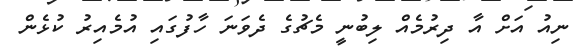
ނިއު އަށް އާ ދިރުމެއް ލިބުނީ މެޗުގެ ދެވަނަ ހާފުގައި އުމެއިރު ކުޅެން